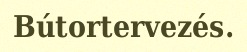
Bútortervezés.